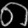
Digit: ၈